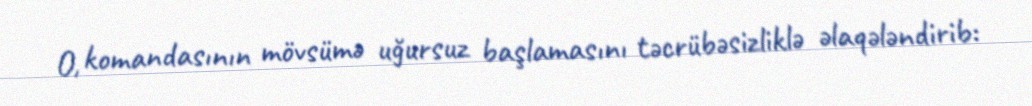
O, komandasının mövsümə uğursuz başlamasını təcrübəsizliklə əlaqələndirib: